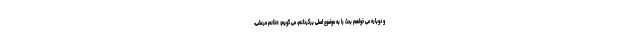
و دوباره می خواهم بحث را به موضوع اصلی برگردانم، می گویم: «خانم مرعشی،